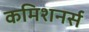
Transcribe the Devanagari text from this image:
कमिशनर्स